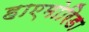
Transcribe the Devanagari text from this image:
हाएमोरिडा